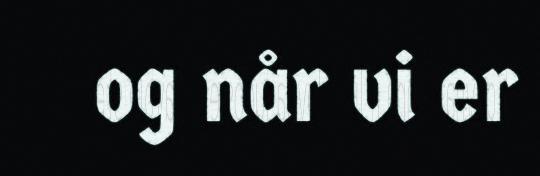
og når vi er